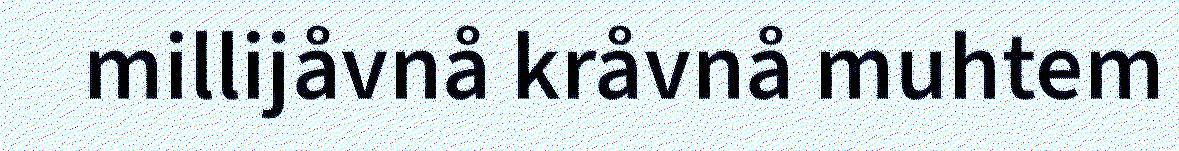
millijåvnå kråvnå muhtem